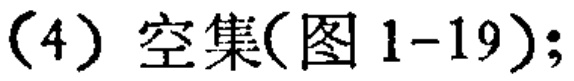
(4) 空集(图 1-19);